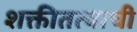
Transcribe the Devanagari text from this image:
शक्तीतत्वाची